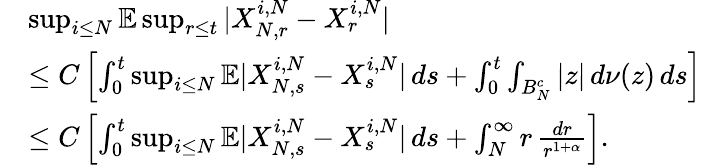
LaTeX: \begin{array}{rl}&{\operatorname*{sup}_{i\leq N}\mathbb{E}\operatorname*{sup}_{r\leq t}|X_{N,r}^{i,N}-X_{r}^{i,N}|}\\ &{\leq C\left[\int_{0}^{t}\operatorname*{sup}_{i\leq N}\mathbb{E}|X_{N,s}^{i,N}-X_{s}^{i,N}|\, ds+\int_{0}^{t}\int_{B_{N}^{c}}|z|\, d\nu(z)\, ds\right]}\\ &{\leq C\left[\int_{0}^{t}\operatorname*{sup}_{i\leq N}\mathbb{E}|X_{N,s}^{i,N}-X_{s}^{i,N}|\, ds+\int_{N}^{\infty}r\, \frac{dr}{r^{1+\alpha}}\right].}\end{array}